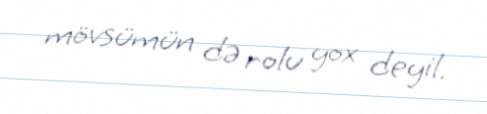
mövsümün də rolu yox deyil.